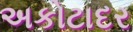
અકોટાદર